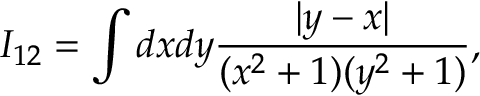
I _ { 1 2 } = \int d x d y \frac { | y - x | } { ( x ^ { 2 } + 1 ) ( y ^ { 2 } + 1 ) } ,